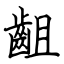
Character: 齟